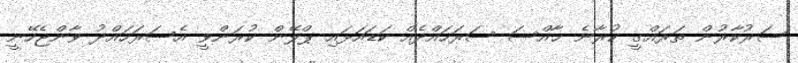
ސަރުކާރުން ތަރައްގީ ކުރާނެ ޚާއްސަ ސަރަހައްދެއް ކަޑައަޅައި ޕްލޭން ކުރަންވީ އެސަރަހައްދު ވާންޖެހޭނީ